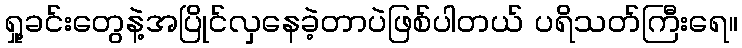
ရှု့ခင်းတွေနဲ့အပြိုင်လှနေခဲ့တာပဲဖြစ်ပါတယ် ပရိသတ်ကြီးရေ။